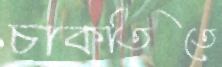
চাকতিতে